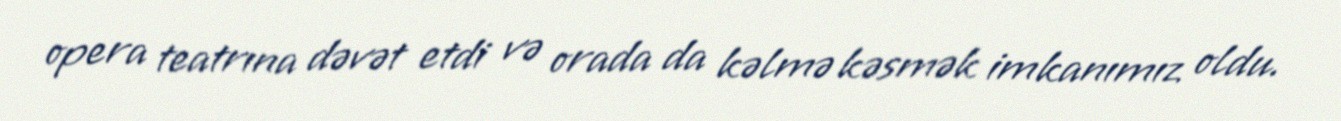
opera teatrına dəvət etdi və orada da kəlmə kəsmək imkanımız oldu.